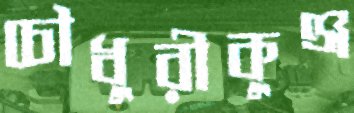
চৌধুরীকুঞ্জ